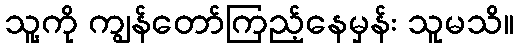
သူ့ကို ကျွန်တော်ကြည့်နေမှန်း သူမသိ။